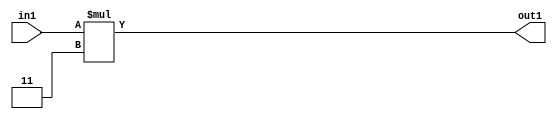
`timescale 1ps / 1ps
/*****************************************************************************
    Verilog RTL Description
    
    
    Created by: Stratus DpOpt 2019.1.01 
*******************************************************************************/

module GaussFilter_Mul_5U_11_4 (
	in1,
	out1
	); /* architecture "behavioural" */ 
input [2:0] in1;
output [4:0] out1;
wire [4:0] asc001;

assign asc001 = 
	+(in1 * 5'B00011);

assign out1 = asc001;
endmodule

/* CADENCE  urj2Qww= : u9/ySgnWtBlWxVPRXgAZ4Og= ** DO NOT EDIT THIS LINE ******/